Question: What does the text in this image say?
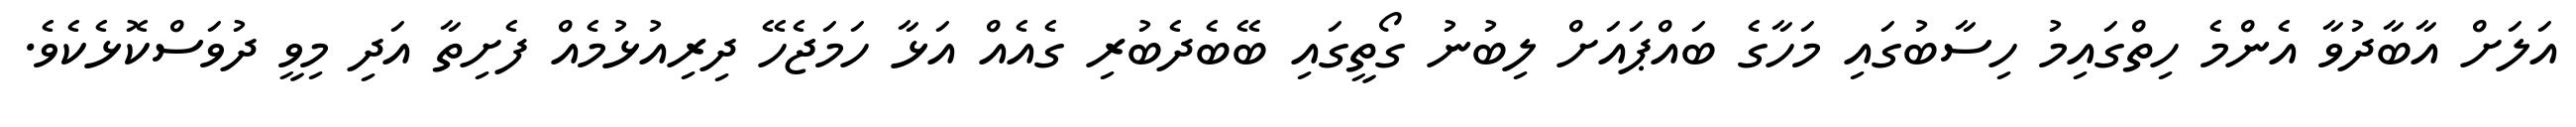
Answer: އަލަށް އާބާދުވާ އެންމެ ހިތްގައިމު ހިސާބުގައި މަހާގެ ބައްޕައަށް ލިބުނު ގޯތީގައި ބޭބެދެބުރި ގެއެއް އަޅާ ހަމަޖެހޭ ދިރިއުޅުމެއް ފެށިތާ އަދި މިވީ ދުވަސްކޮޅެކެވެ.